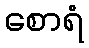
စောရံ